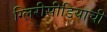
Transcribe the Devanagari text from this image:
ग्लिरीसीडियाची